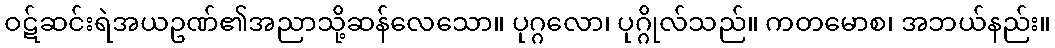
ဝဋ်ဆင်းရဲအယဥဏ်၏အညာသို့ဆန်လေသော။ ပုဂ္ဂလော၊ ပုဂ္ဂိုလ်သည်။ ကတမောစ၊ အဘယ်နည်း။